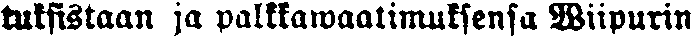
tuksistaan ja palkkawaatimuksensa Wiipurin